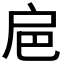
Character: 𢨴